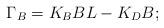
LaTeX: \begin{align*}\Gamma_{B}=K_{B}BL-K_{D}B;\end{align*}